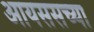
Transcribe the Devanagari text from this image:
आयससच्या